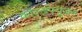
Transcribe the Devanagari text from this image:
कोल्डफ्यूजन